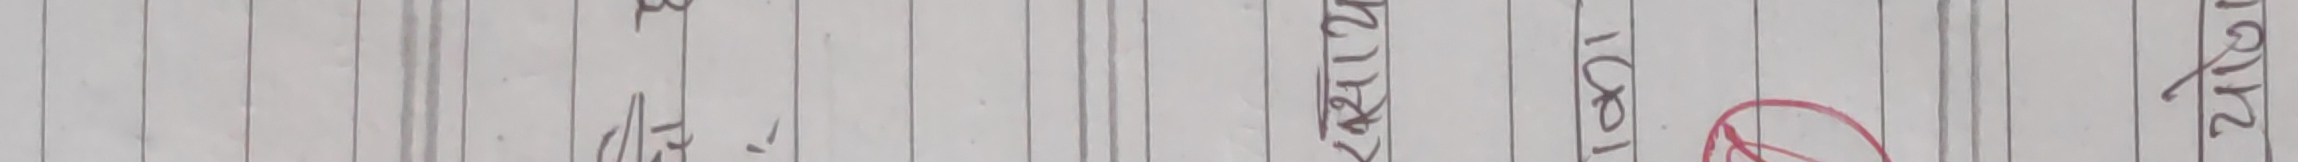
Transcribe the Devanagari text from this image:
ब की 24/ 1021 2412